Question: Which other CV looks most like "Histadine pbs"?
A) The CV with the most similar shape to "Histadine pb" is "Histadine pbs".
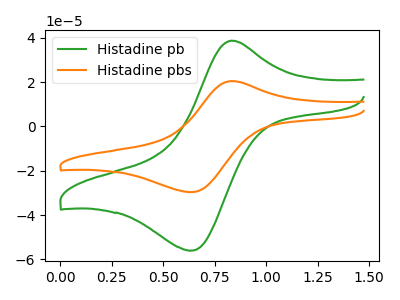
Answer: <think>The green curve "Histadine pb" has an anodic peak at (0.85V, 38.65uA) and a cathodic peak at (0.65V, -56.00uA). The orange curve "Histadine pbs" has an anodic peak at (0.85V, 20.45uA) and a cathodic peak at (0.65V, -29.60uA).
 All the peaks in "Histadine pb" have a peak in "Histadine pbs" at the same potential. Every peak in "Histadine pb" is higher than every peak in "Histadine pbs".</think>
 <answer>A) The CV with the most similar shape to "Histadine pb" is "Histadine pbs".</answer>
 <eval>A</eval>